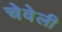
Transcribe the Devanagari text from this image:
चेवेली